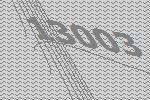
13003